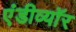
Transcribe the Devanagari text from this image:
एंडीव्यॉर